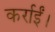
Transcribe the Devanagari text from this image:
कर्राईं।